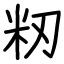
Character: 籾